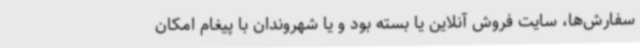
سفارش‌ها، سایت فروش آنلاین یا بسته بود و یا شهروندان با پیغام امکان